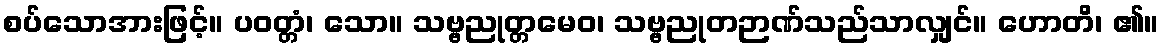
စပ်သောအားဖြင့်။ ပဝတ္တံ၊ သော။ သဗ္ဗညုတ္တမေဝ၊ သဗ္ဗညုတဉာဏ်သည်သာလျှင်။ ဟောတိ၊ ၏။